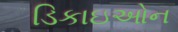
ડિકાઇઓન